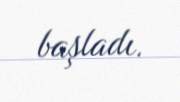
başladı.